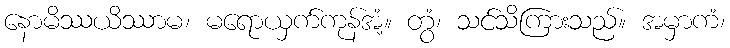
နောမိဿယိဿာမ၊ မရောယှက်ကုန်အံ့။ တွံ၊ သင်သိကြားသည်။ အမှာကံ၊